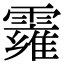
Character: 𩆄